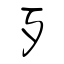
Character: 歹